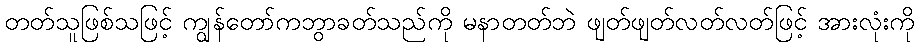
တတ်သူဖြစ်သဖြင့် ကျွန်တော်ကဘွာခတ်သည်ကို မနာတတ်ဘဲ ဖျတ်ဖျတ်လတ်လတ်ဖြင့် အားလုံးကို